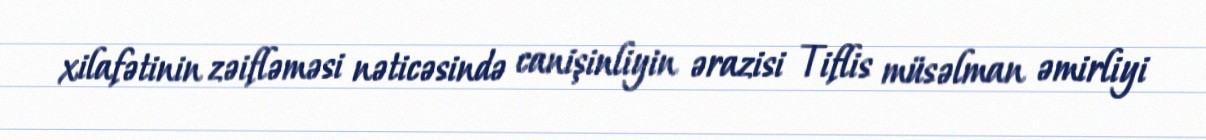
xilafətinin zəifləməsi nəticəsində canişinliyin ərazisi Tiflis müsəlman əmirliyi